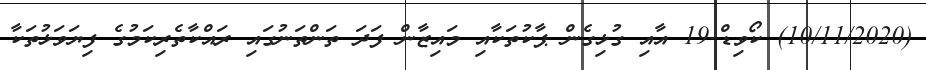
(10/11/2020) ކޯވިޑް-19 އާއި ގުޅިގެން ޕާކުތަކާއި މައިޒާން ފަދަ ތަންތަނުގައި ރައްކާތެރިކަމުގެ ފިޔަވަޅުތަކާ